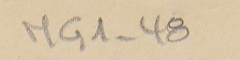
MG1-48